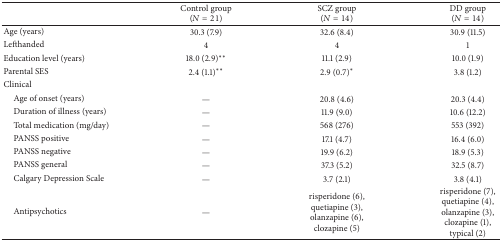
<table><thead><tr><td><b> </b></td><td><b>Control group (<i>N</i> = 21)</b></td><td><b>SCZ group (<i>N</i> = 14)</b></td><td><b>DD group (<i>N</i> = 14)</b></td></tr></thead><tbody><tr><td>Age (years)</td><td>30.3 (7.9)</td><td>32.6 (8.4)</td><td>30.9 (11.5)</td></tr><tr><td>Lefthanded</td><td>4</td><td>4</td><td>1</td></tr><tr><td>Education level (years)</td><td>18.0 (2.9)**</td><td>11.1 (2.9)</td><td>10.0 (1.9)</td></tr><tr><td>Parental SES</td><td>2.4 (1.1)**</td><td>2.9 (0.7)*</td><td>3.8 (1.2)</td></tr><tr><td>Clinical</td><td> </td><td> </td><td> </td></tr><tr><td> Age of onset (years)</td><td>—</td><td>20.8 (4.6)</td><td>20.3 (4.4)</td></tr><tr><td> Duration of illness (years)</td><td>—</td><td>11.9 (9.0)</td><td>10.6 (12.2)</td></tr><tr><td> Total medication (mg/day)</td><td>—</td><td>568 (276)</td><td>553 (392)</td></tr><tr><td> PANSS positive</td><td>—</td><td>17.1 (4.7)</td><td>16.4 (6.0)</td></tr><tr><td> PANSS negative</td><td>—</td><td>19.9 (6.2)</td><td>18.9 (5.3)</td></tr><tr><td> PANSS general</td><td>—</td><td>37.3 (5.2)</td><td>32.5 (8.7)</td></tr><tr><td> Calgary Depression Scale</td><td>—</td><td>3.7 (2.1)</td><td>3.8 (4.1)</td></tr><tr><td> Antipsychotics </td><td>—</td><td>risperidone (6), quetiapine (3), olanzapine (6), clozapine (5)</td><td>risperidone (7), quetiapine (4), olanzapine (3), clozapine (1), typical (2)</td></tr></tbody></table>